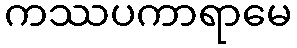
ကဿပကာရာမေ